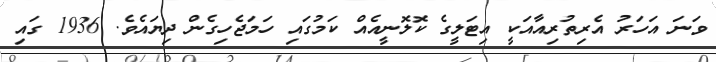
ވަނަ އަހަރު އެރިތުރިއާއަކީ އިޓަލީގެ ކޮލޮނީއެއް ކަމުގައި ހަމަޖެހިގެން ދިޔައެވެ. 1936 ގައި